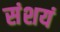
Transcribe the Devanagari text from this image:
संशयं